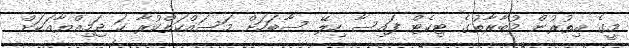
މީގެ އިތުރުން މުބާރާތުގެ ޓިކެޓް ފައިސާ ހިލޭ ސާބަހަށް މަސައްކަތްކުރާ ހަ ޖަމިއްޔާއަކަށް